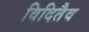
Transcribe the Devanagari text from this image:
विदितैव